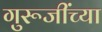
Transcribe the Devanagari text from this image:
गुरूजींच्या